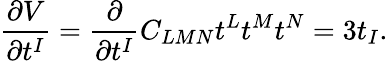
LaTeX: \frac{\partial V}{\partial t^{I}}=\frac{\partial}{\partial t^{I}}C_{LMN}t^{L}t^{M}t^{N}=3t_{I}.